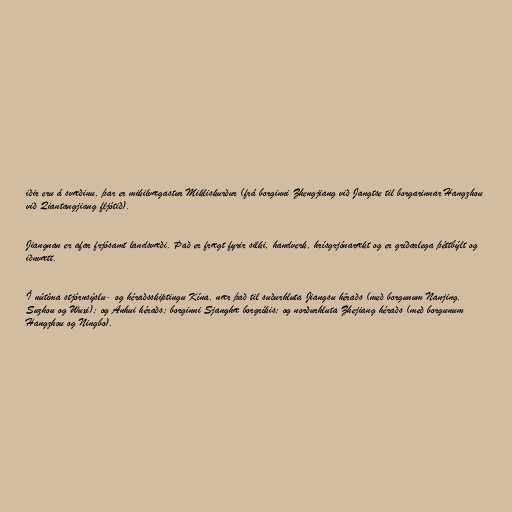
iðir eru á svæðinu, þar er mikilvægastur Mikliskurður (frá borginni Zhengjiang við Jangtse til borgarinnar Hangzhou
við Qiantangjiang fljótið).

Jiangnan er afar frjósamt landsvæði. Það er frægt fyrir silki, handverk, hrísgrjónarækt og er gríðarlega þéttbýlt og
iðnvætt.

Í nútíma stjórnsýslu- og héraðsskiptingu Kína, nær það til suðurhluta Jiangsu héraðs (með borgunum Nanjing,
Suzhou og Wuxi); og Anhui héraðs; borginni Sjanghæ borgríkis; og norðurhluta Zhejiang héraðs (með borgunum
Hangzhou og Ningbo).